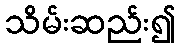
သိမ်းဆည်း၍